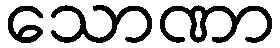
သောဏာ